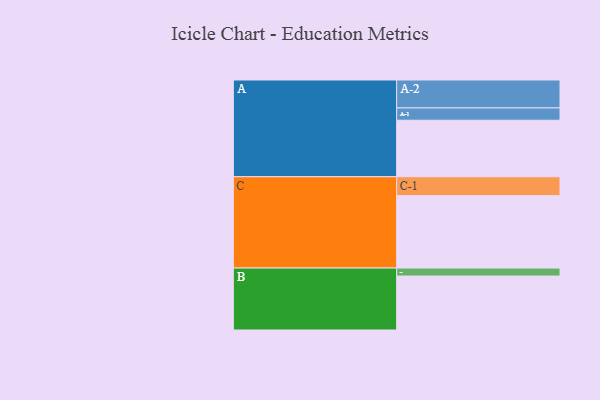
{"axis": {"x": "Segment", "y": "Value"}, "legend": ["", "A", "B", "C"], "data": [{"x": "A", "y": 445, "type": ""}, {"x": "B", "y": 425, "type": ""}, {"x": "C", "y": 570, "type": ""}, {"x": "A-1", "y": 97, "type": "A"}, {"x": "A-2", "y": 220, "type": "A"}, {"x": "B-1", "y": 63, "type": "B"}, {"x": "C-1", "y": 149, "type": "C"}]}